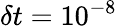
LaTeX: \delta t=10^{-8}